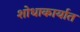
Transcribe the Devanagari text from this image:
शोधाकार्यात